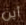
أين